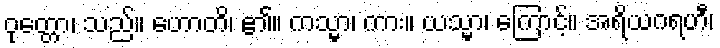
ဝုတ္တော၊ သည်။ ဟောတိ၊ ၏။ ကသ္မာ၊ ကား။ ယသ္မာ၊ ကြောင့်။ အရိယဂရဟီ၊